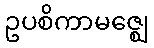
ဥပစိကာမဇ္ဈေ